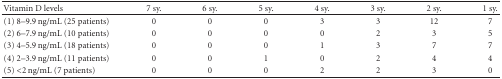
<table><thead><tr><td><b>Vitamin D levels</b></td><td><b>7 sy.</b></td><td><b>6 sy.</b></td><td><b>5 sy.</b></td><td><b>4 sy.</b></td><td><b>3 sy.</b></td><td><b>2 sy.</b></td><td><b>1 sy.</b></td></tr></thead><tbody><tr><td>(1) 8–9.9 ng/mL (25 patients)</td><td>0</td><td>0</td><td>0</td><td>3</td><td>3</td><td> 12</td><td> 7</td></tr><tr><td>(2) 6–7.9 ng/mL (10 patients)</td><td>0</td><td>0</td><td>0</td><td>0</td><td>2</td><td>3</td><td>5</td></tr><tr><td>(3) 4–5.9 ng/mL (18 patients)</td><td>0</td><td>0</td><td>0</td><td>1</td><td>3</td><td>7</td><td>7</td></tr><tr><td>(4) 2–3.9 ng/mL (11 patients)</td><td>0</td><td>0</td><td>1</td><td>0</td><td>2</td><td>4</td><td>4</td></tr><tr><td>(5) &lt;2 ng/mL (7 patients)</td><td>0</td><td>0</td><td>0</td><td>2</td><td>2</td><td>3</td><td>0</td></tr></tbody></table>